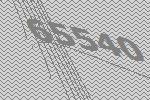
65540